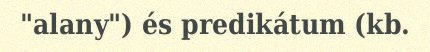
"alany") és predikátum (kb.